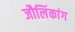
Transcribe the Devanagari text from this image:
जौलिंकांग